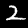
Digit: 2